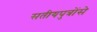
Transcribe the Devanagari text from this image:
सतीयपुत्रोंसे